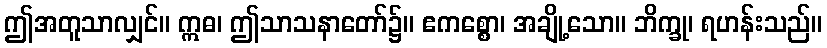
ဤအတူသာလျှင်။ ဣဓ၊ ဤသာသနာတော်၌။ ဧကစ္စော၊ အချို့သော။ ဘိက္ခု၊ ရဟန်းသည်။